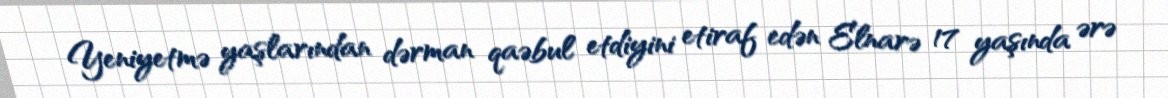
Yeniyetmə yaşlarından dərman qaəbul etdiyini etiraf edən Elnarə 17 yaşında ərə